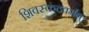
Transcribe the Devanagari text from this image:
शिवस्कंदवर्मन्